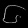
Digit: ၆